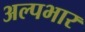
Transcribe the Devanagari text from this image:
अल्पभार